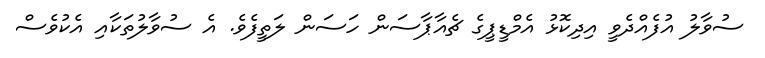
ސުވާލު އުފެއްދެވީ އިދިކޮޅު އެމްޑީޕީގެ ޗެއާޕާސަން ހަސަން ލަތީފެވެ. އެ ސުވާލުތަކާއި އެކުވެސް